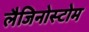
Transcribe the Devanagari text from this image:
लैजिनोस्टोम